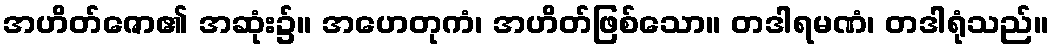
အဟိတ်ဇော၏ အဆုံး၌။ အဟေတုကံ၊ အဟိတ်ဖြစ်သော။ တဒါရမဏံ၊ တဒါရုံသည်။